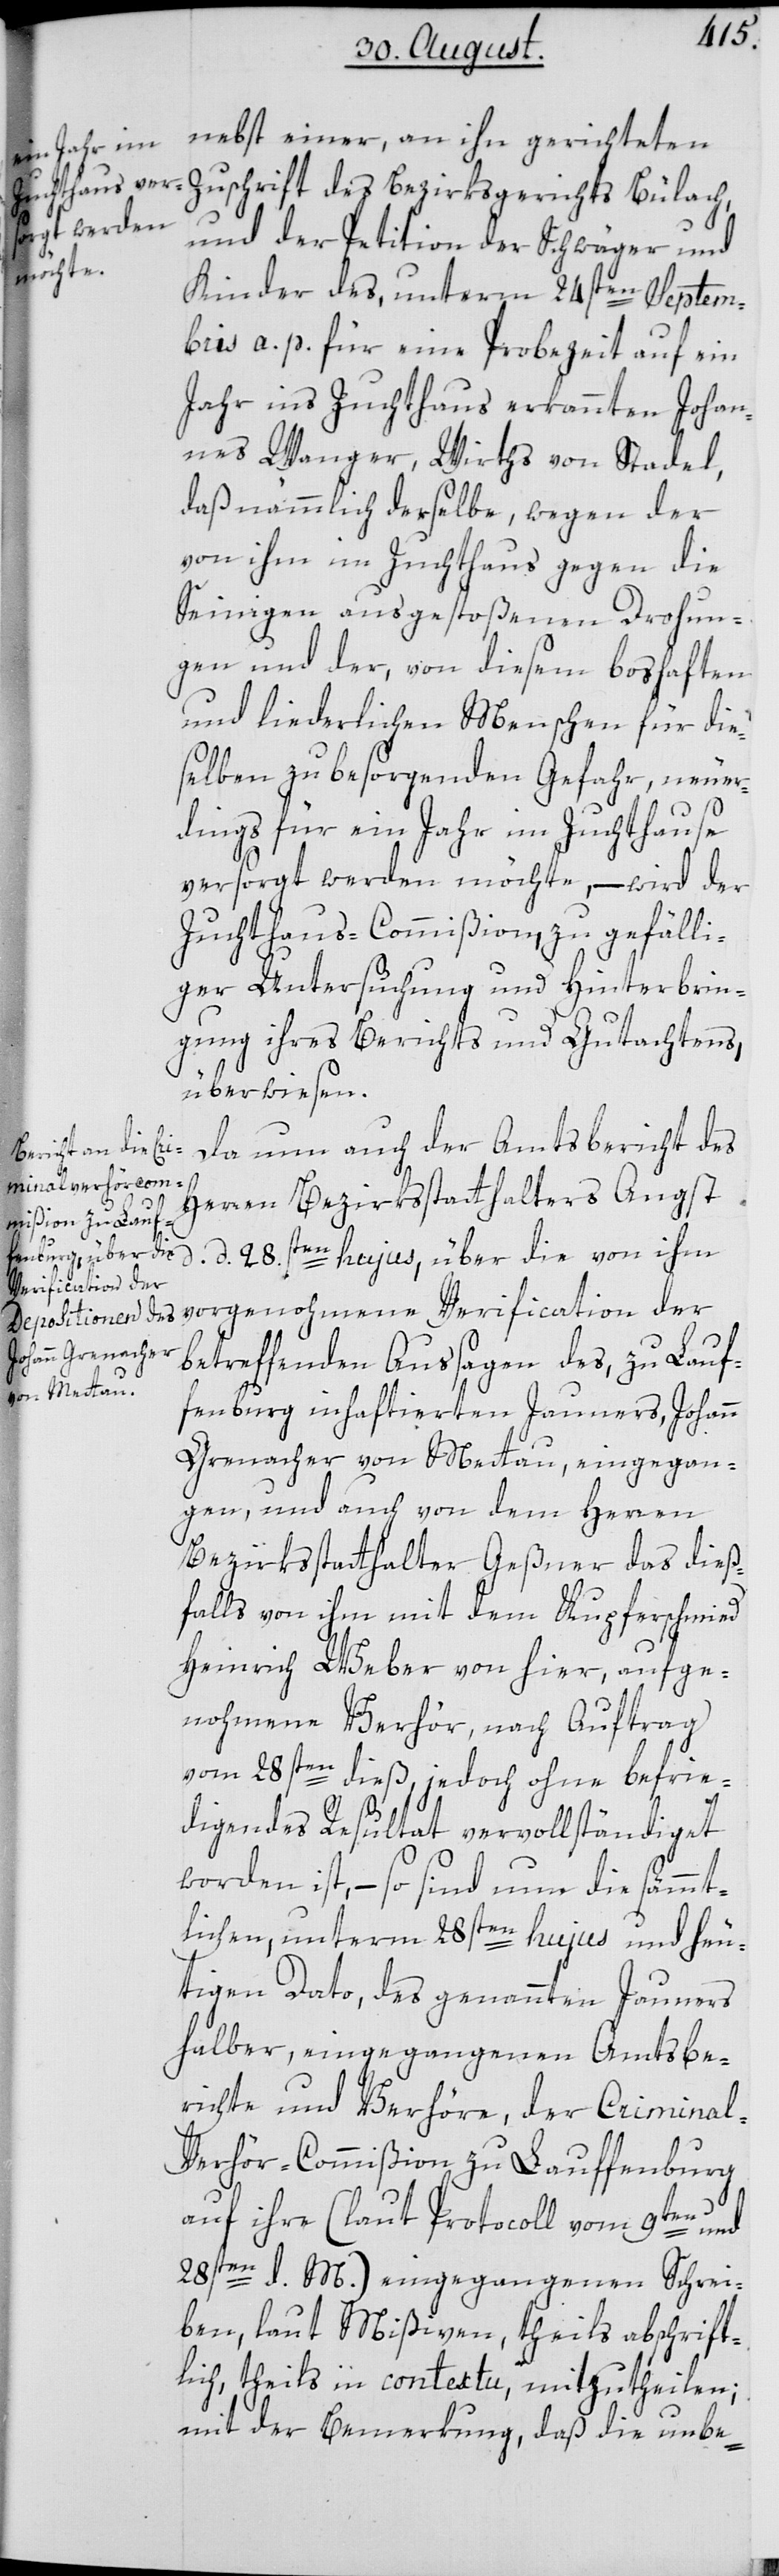
nebst einer, an ihn gerichteten
Zuschrift des Bezirksgerichts Bülach,
und der Petition der Schwäger und
Kinder des, unterm 24sten Septem¬
bris a. p. für eine Probezeit auf ein
Jahr ins Zuchthaus erkannten Johan¬
nes Wanger, Wirths von Stadel,
daß nämmlich derselbe, wegen der
von ihm im Zuchthaus gegen die
Seinigen ausgestoßenen Drohun¬
gen und der, von diesem boshaften
und liederlichen Menschen für die¬
selben zu besorgenden Gefahr, neuer¬
dings für ein Jahr im Zuchthause
versorgt werden möchte, – wird der
Zuchthaus-Commißion, zu gefälli¬
ger Untersuchung und Hinterbrin¬
gung ihres Berichts und Gutachtens,
überwiesen.
Da nun auch der Amtsbericht des
Herren Bezirksstatthalters Angst,
d. d. 28sten hujus, über die von ihm
vorgenohmene Verification der
betreffenden Aussagen des, zu Lauf¬
fenburg inhaftierten Jauners, Johann
Grenacher von Mettau, eingegan¬
gen, und auch von dem Herren
Bezirksstatthalter Geßner das dieß¬
falls von ihm mit dem Kupferschmied
Heinrich Weber von hier, aufge¬
nohmene Verhör, nach Auftrag
vom 28sten dieß, jedoch ohne befrie¬
digendes Resultat vervollständiget
worden ist, – so sind nun die sämmt¬
lichen, unterm 28sten hujus und heu¬
tigen Dato, des genannten Jauners
halber, eingegangenen Amtsbe¬
richte und Verhöre, der Criminal-V¬
erhör-Commißion zu Lauffenburg
auf ihre (laut Protocoll vom 9ten und
28sten d. M.) eingegangenen Schrei¬
ben, laut Mißiven, theils abschrift¬
lich, theils in contextu, mitzutheilen;
mit der Bemerkung, daß die unbe-